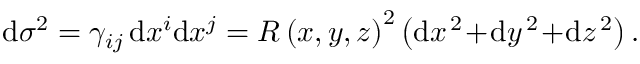
\begin{array} { r } { \mathrm { d } \sigma ^ { 2 } = \gamma _ { i j } \, \mathrm { d } x ^ { i } \mathrm { d } x ^ { j } = R \left( x , y , z \right) ^ { 2 } \left( \mathrm { d } x ^ { \, 2 } \! + \! \mathrm { d } y ^ { \, 2 } \! + \! \mathrm { d } z ^ { \, 2 } \right) . } \end{array}